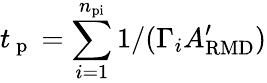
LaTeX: t_{\mathrm{~p~}}=\sum_{i=1}^{n_{\mathrm{pi}}}1/(\Gamma_{i}A_{\mathrm{RMD}}^{\prime})